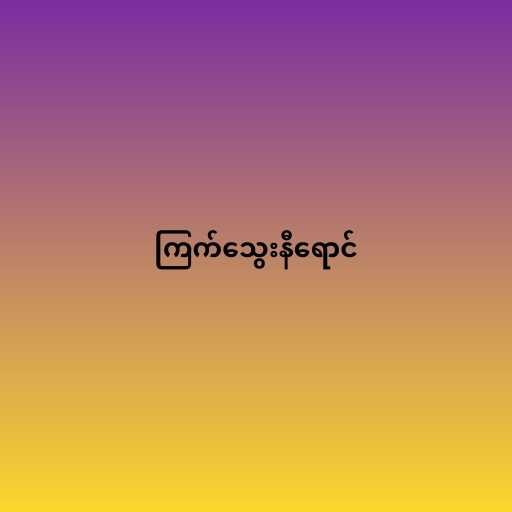
ကြက်သွေးနီရောင်